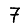
Digit: 7